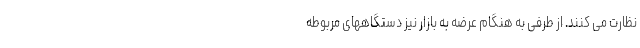
نظارت می کنند. از طرفی به هنگام عرضه به بازار نیز دستگاههای مربوطه